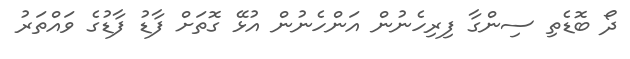
ދޯ ބޮޑެތި ސިންގާ ފިރިހެނުން އަންހެނުން އުޅޭ ގޮތަށް ފާޑު ފާޑުގެ ވައްތަރު